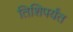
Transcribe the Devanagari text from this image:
तिशिपर्यंत